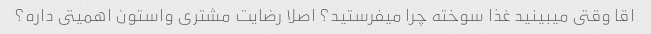
اقا وقتى میبینید غذا سوخته چرا میفرستید؟ اصلا رضایت مشترى واستون اهمیتى داره؟